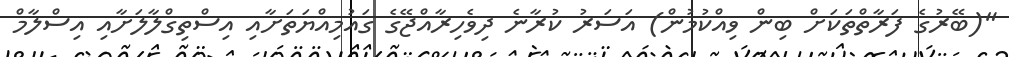
"(ބޭރުގެ ފަރާތްތަކަށް ބިން ވިއްކުމުން) އަސަރު ކުރާނެ ދިވެހިރާއްޖޭގެ ގައުމިއްޔަތަށާއި އިސްތިގްލާލަށާއި އިސްލާމް